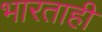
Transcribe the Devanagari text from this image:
भारताही